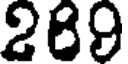
289